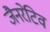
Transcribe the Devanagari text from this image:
जैनरेटिव